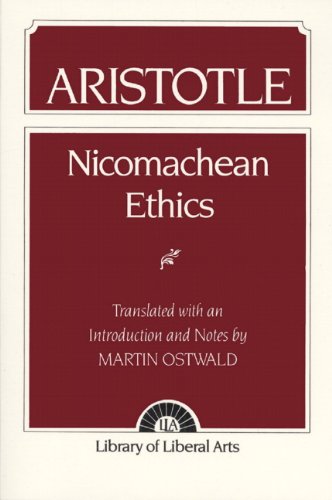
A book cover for Nicomachean Ethics; Aristotle; Politics & Social Sciences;